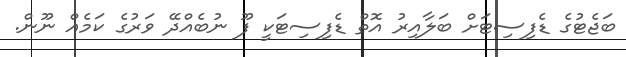
ބަޖެޓުގެ ޑެފިސިޓަށް ބަލާއިރު އޮތް ޑެފިސިޓަކީ ފޫ ނުބެއްދޭ ވަރުގެ ކަމެއް ނޫން.